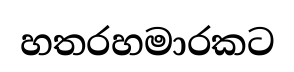
හතරහමාරකට